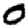
Digit: 0